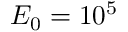
E _ { 0 } = 1 0 ^ { 5 }